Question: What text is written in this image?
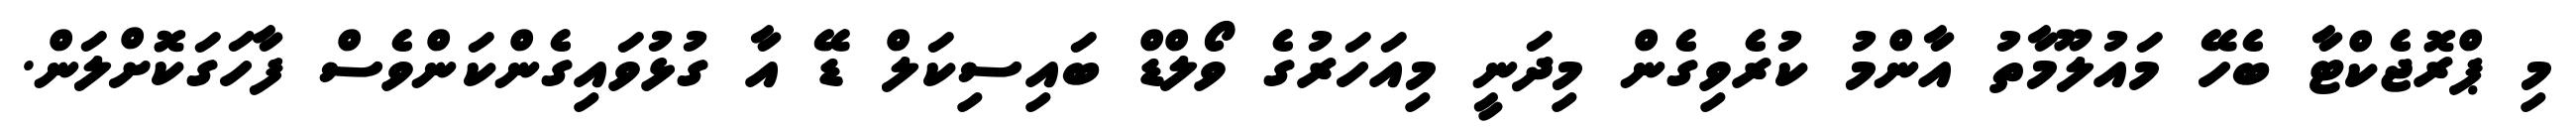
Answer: މި ޕްރޮޖެކްޓާ ބެހޭ މައުލޫމާތު އާންމު ކުރެވިގެން މިދަނީ މިއަހަރުގެ ވޯލްޑް ބައިސިކަލް ޑޭ އާ ގުޅުވައިގެންކަންވެސް ފާހަގަކޮށްލަން.